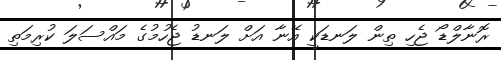
ރޮނާލްޑޯ ޖެހި ތިން ލަނޑަކީ އޭނާ އަށް ލަނޑު ޖެހުމުގެ މައްސަލަ ކުރިމަތި